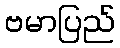
ဗမာပြည်